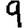
Digit: 9